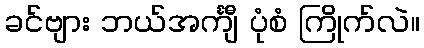
ခင်ဗျား ဘယ်အင်္ကျီ ပုံစံ ကြိုက်လဲ။